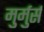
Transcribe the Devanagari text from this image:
मुर्मुर्स